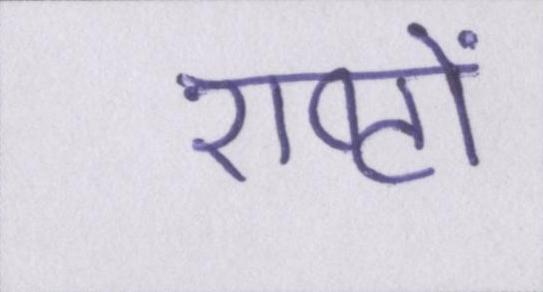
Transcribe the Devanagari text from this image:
राष्ट्रों